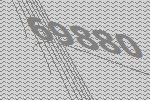
69880